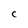
Character: C